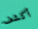
أكشف